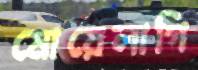
মোয়েলাগি